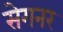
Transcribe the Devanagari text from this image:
सेगनर